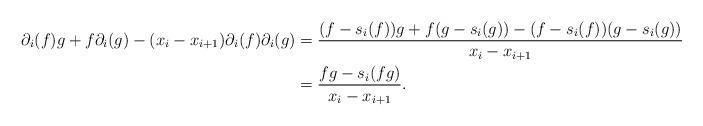
LaTeX: \begin{align*}\partial_i(f)g + f\partial_i(g) - (x_i - x_{i+1})\partial_i(f)\partial_i(g) &= \frac{(f-s_i(f))g + f(g - s_i(g)) - (f-s_i(f))(g-s_i(g))}{x_i - x_{i+1}} \\&= \frac{fg-s_i(fg)}{x_i - x_{i+1}}.\end{align*}